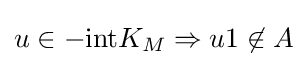
u\in -\mathrm {int} K_{M}\Rightarrow u1\not \in A